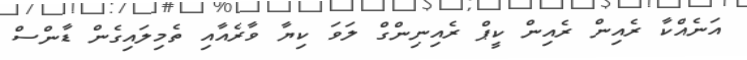
އަނެއްކާ ރެއިން ރެއިން ކީޕް ރެއިނިންގް ލަވަ ކިޔާ ވާރެއާއި ތެމިލައިގެން ޑާންސް